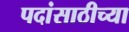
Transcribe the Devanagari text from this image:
पदांसाठीच्या